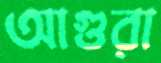
আগুরা